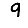
Digit: 9